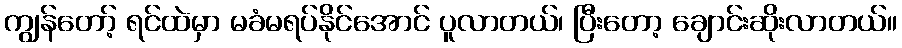
ကျွန်တော့် ရင်ထဲမှာ မခံမရပ်နိုင်အောင် ပူလာတယ်၊ ပြီးတော့ ချောင်းဆိုးလာတယ်။